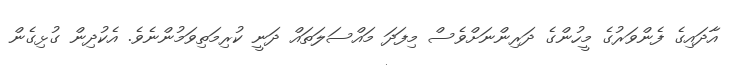
އާދައިގެ ފެންވަރުގެ މީހުންގެ ދަރިންނަށްވެސް މިފަދަ މައްސަލަތައް ދަނީ ކުރިމަތިވަމުންނެވެ. އެކުދިން ގުޅިގެން